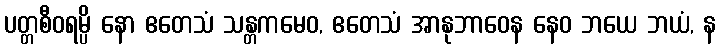
ပတ္တစီဝရမ္ပိ နော ဧတေသံ သန္တကမေဝ, ဧတေသံ အာနုဘာဝေန နေဝ ဘယေ ဘယံ, န